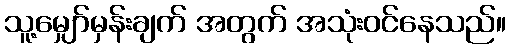
သူ့မျှော်မှန်းချက် အတွက် အသုံးဝင်နေသည်။